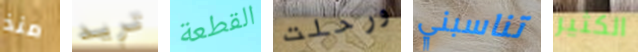
منذ تريد القطعة ورحلت تناسبني الكثير